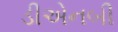
ડીએનબી